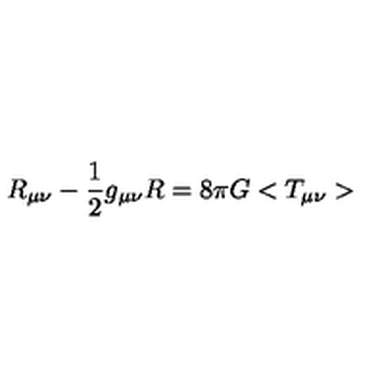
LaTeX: R _ { \mu \nu } - \frac { 1 } { 2 } g _ { \mu \nu } R = 8 { \pi } G < T _ { \mu \nu } >